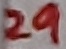
Text: 29